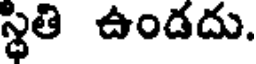
స్థితి ఉండదు.